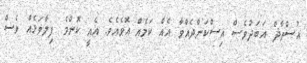
އުސްތާޛް އަބަދުވެސް އިސްކަންދެއްވާ އެއް ކަމެއް އޮވެއެވެ. އެއީ ކޮންމެ ފިލާވަޅެއް ވެސް